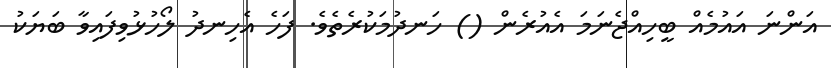
އަންނަ އައުމެއް ބީހިއްޖެނަމަ އެއުރެން () ހަނދުމަކުރެތެވެ. ފަހެ އެހިނދު ލޯހުޅުވިފައިވާ ބަޔަކު